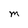
Character: M